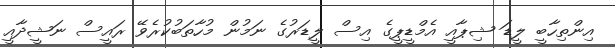
އިންތިހާބީ ލީޑަ ޝިޕާއީ އެމްޑީޕީގެ އިސް ލީޑަރުގެ ނަމުން މުހާތަބުކުރެވޭ ރައީސް ނަޝީދާއީ